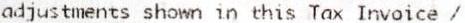
ADJUSTMENTS SHOWN IN THIS TAX INVOICE /